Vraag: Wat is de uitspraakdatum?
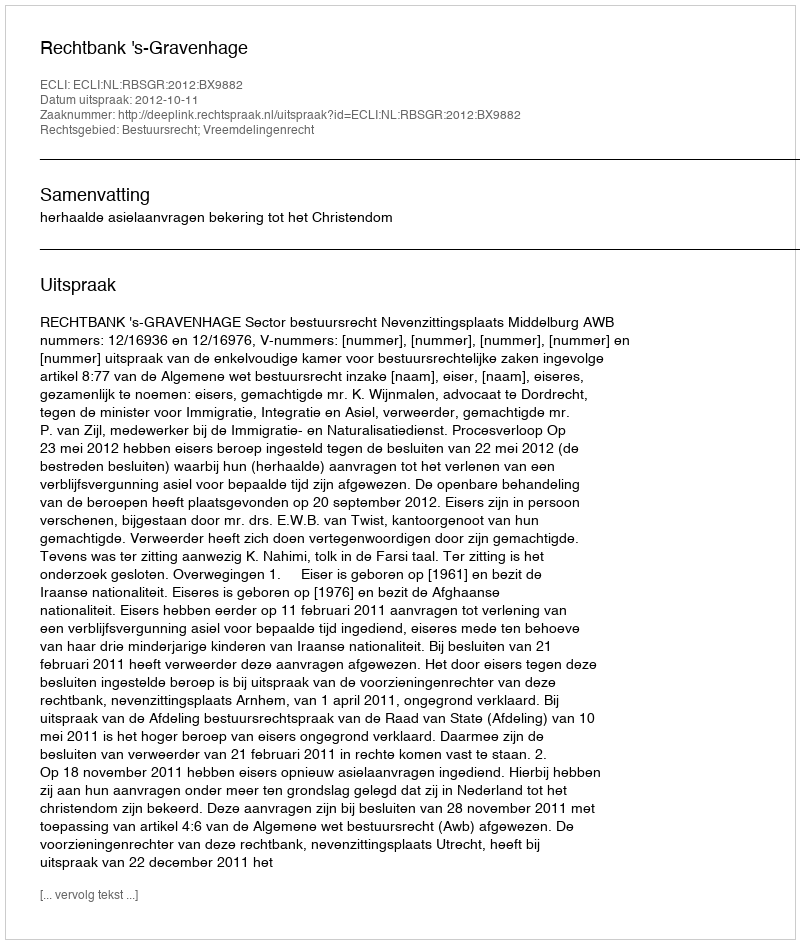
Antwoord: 2012-10-11